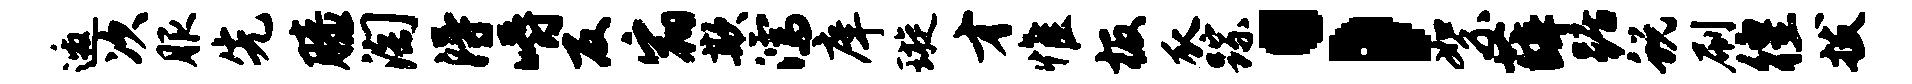
邀次服先膝淘得嚼反宿欺濡庠璇才惟板瓜踪；絮薛踞蜕刷徨拔